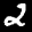
Label: 2